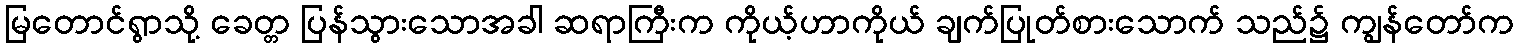
မြတောင်ရွာသို့ ခေတ္တ ပြန်သွားသောအခါ ဆရာကြီးက ကိုယ့်ဟာကိုယ် ချက်ပြုတ်စားသောက် သည်၌ ကျွန်တော်က